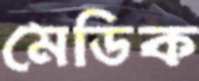
মেডিক